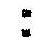
: